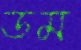
ডম